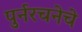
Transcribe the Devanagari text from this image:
पुर्नरचनेचे